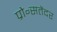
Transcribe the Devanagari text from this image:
प्रो॰सतेंदर